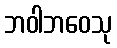
ဘဝါဘဝေသု